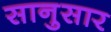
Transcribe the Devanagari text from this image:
सानुसार